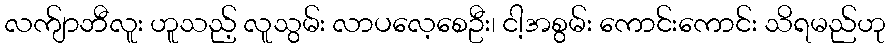
လက်ျာဘီလူး ဟူသည့် လူသွမ်း လာပလေ့စေဦး၊ ငါ့အစွမ်း ကောင်းကောင်း သိရမည်ဟု